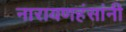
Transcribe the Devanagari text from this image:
नारायणहंसांनी